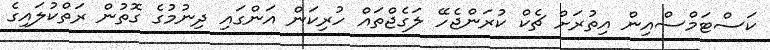
ކަސްޓަމްސްއިން އިތުރަށް ޗެކް ކުރަންޖެހޭ ލަގެޖްތައް ހުރިކަން އަންގައި ދިނުމުގެ ގޮތުން ރަތްކުލައިގެ